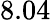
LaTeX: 8.04